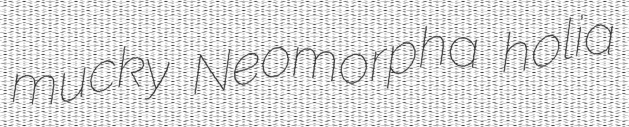
mucky Neomorpha holia